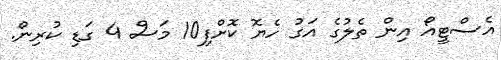
އެސްޓީއޯ އިން ތެލުގެ އަގު ހެޔޮ ކޮށްފި10 މަސް 4 ގަޑި ކުރިން.